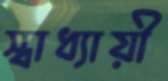
স্বাধ্যায়ী